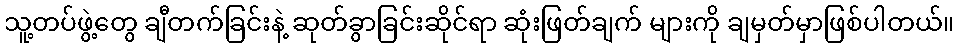
သူ့တပ်ဖွဲ့တွေ ချီတက်ခြင်းနဲ့ ဆုတ်ခွာခြင်းဆိုင်ရာ ဆုံးဖြတ်ချက် များကို ချမှတ်မှာဖြစ်ပါတယ်။